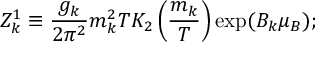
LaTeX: Z _ { k } ^ { 1 } \equiv { \frac { g _ { k } } { 2 \pi ^ { 2 } } } m _ { k } ^ { 2 } T K _ { 2 } \left( { \frac { m _ { k } } { T } } \right) \exp ( B _ { k } \mu _ { B } ) ;